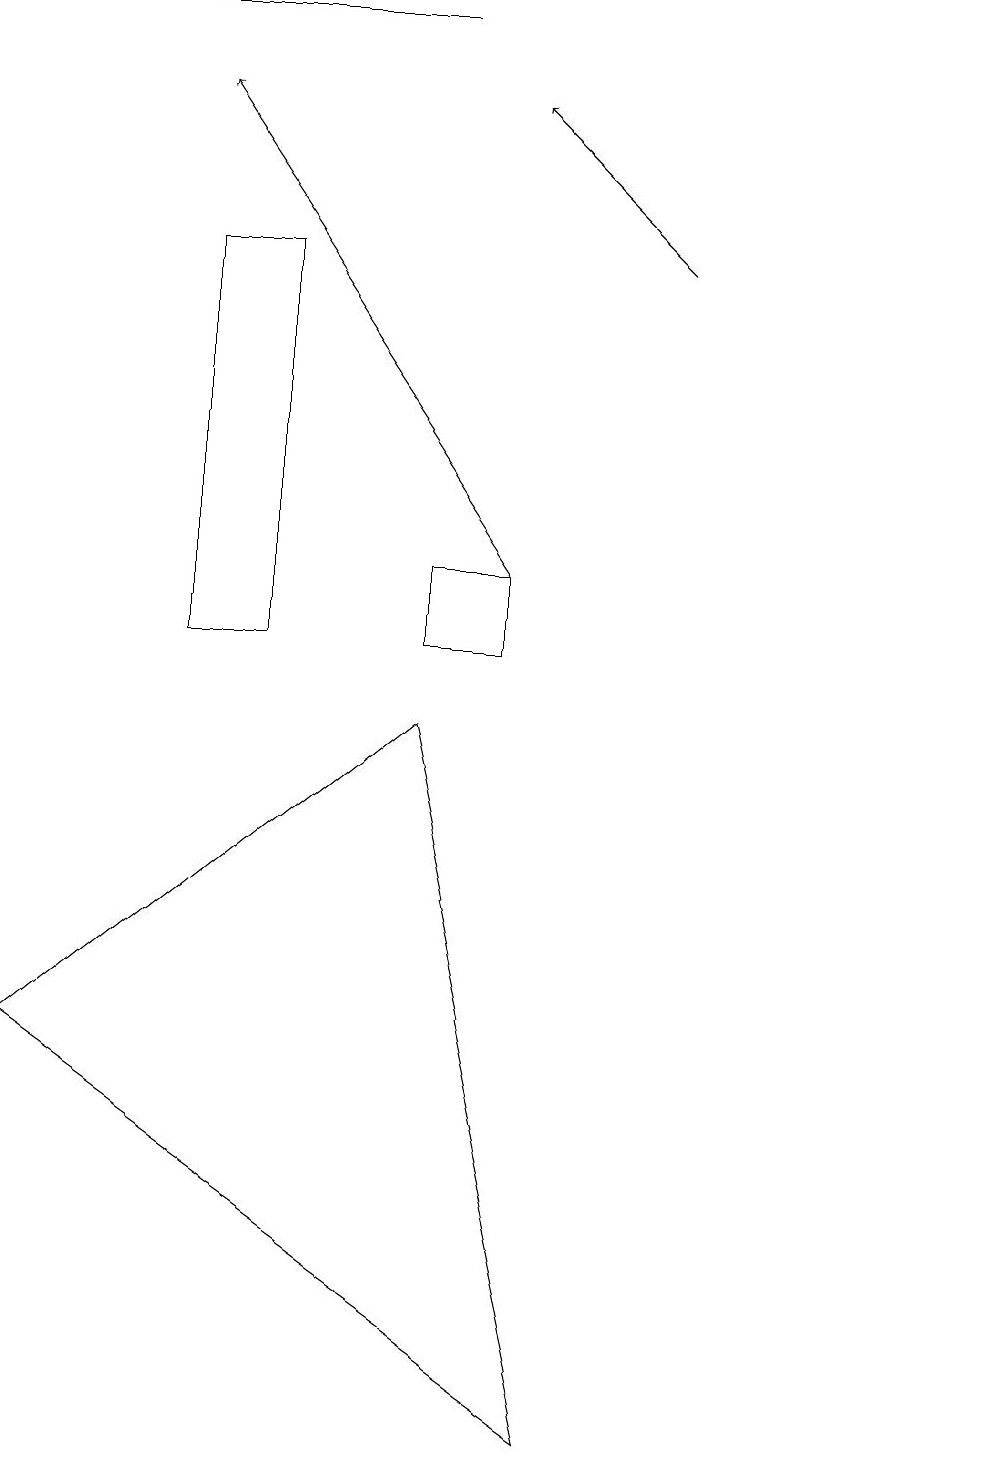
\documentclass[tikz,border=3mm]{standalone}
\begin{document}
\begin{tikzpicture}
\draw[->] (8,15) -- (6,17);
\draw (7,0) -- (5,9) -- (0,5) -- cycle;
\draw[->] (6,11) -- (2,17);
\draw (0,18) rectangle (5,18);
\draw (5,11) rectangle (6,10);
\draw (2,10) rectangle (3,15);
\draw (12,10) circle (0);
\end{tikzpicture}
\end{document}